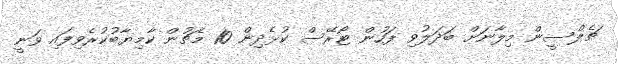
ޗެލްސީން މިލާނަށް ބަދަލުވި ފަހުން ޓޯރޭސް ކުޅެދިން 10 މެޗުން ކާމިޔާބުކުރެވިފައި ވަނީ